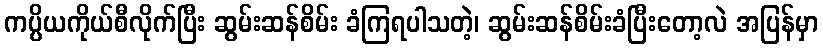
ကပ္ပိယကိုယ်စီလိုက်ပြီး ဆွမ်းဆန်စိမ်း ခံကြရပါသတဲ့၊ ဆွမ်းဆန်စိမ်းခံပြီးတော့လဲ အပြန်မှာ